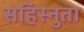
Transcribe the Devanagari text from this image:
सहिस्नुता